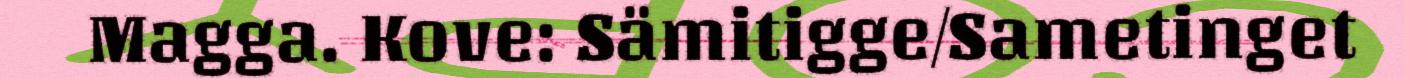
Magga. Kove: Sämitigge/Sametinget